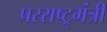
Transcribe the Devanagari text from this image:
परराष्ट्र्मंत्री